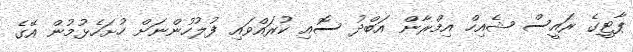
ޕާޓީގެ ރައީސް ޝެއިހް އިމްރާން އަބްދު ސޮއި ކުރައްވައި ފުލުހުންނަށް ހުށަހެޅުމުން އޭގެ